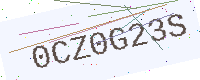
Text: 0CZ0G23S